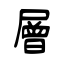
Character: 層